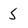
Character: 5